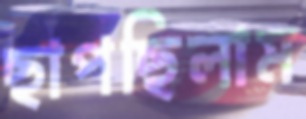
ছাপছিলাম